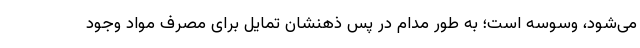
می‌شود، وسوسه است؛ به طور مدام در پس ذهنشان تمایل برای مصرف مواد وجود